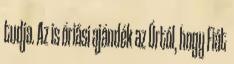
tudja. Az is óriási ajándék az Úrtól, hogy Fiát